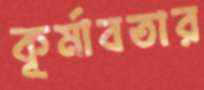
কূর্মাবতার